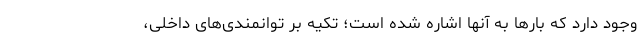
وجود دارد که بارها به آنها اشاره شده است؛ تکیه بر توانمندی‌های داخلی،